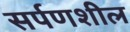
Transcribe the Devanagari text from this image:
सर्पणशील